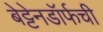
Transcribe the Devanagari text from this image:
बेट्टेनडॉर्फची